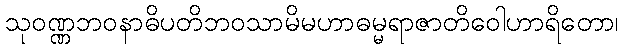
သုဝဏ္ဏဘဝနာဓိပတိဘဝသာမိမဟာဓမ္မရာဇာတိဝေါဟာရိတော၊